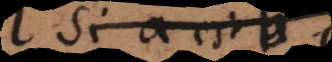
Si a est